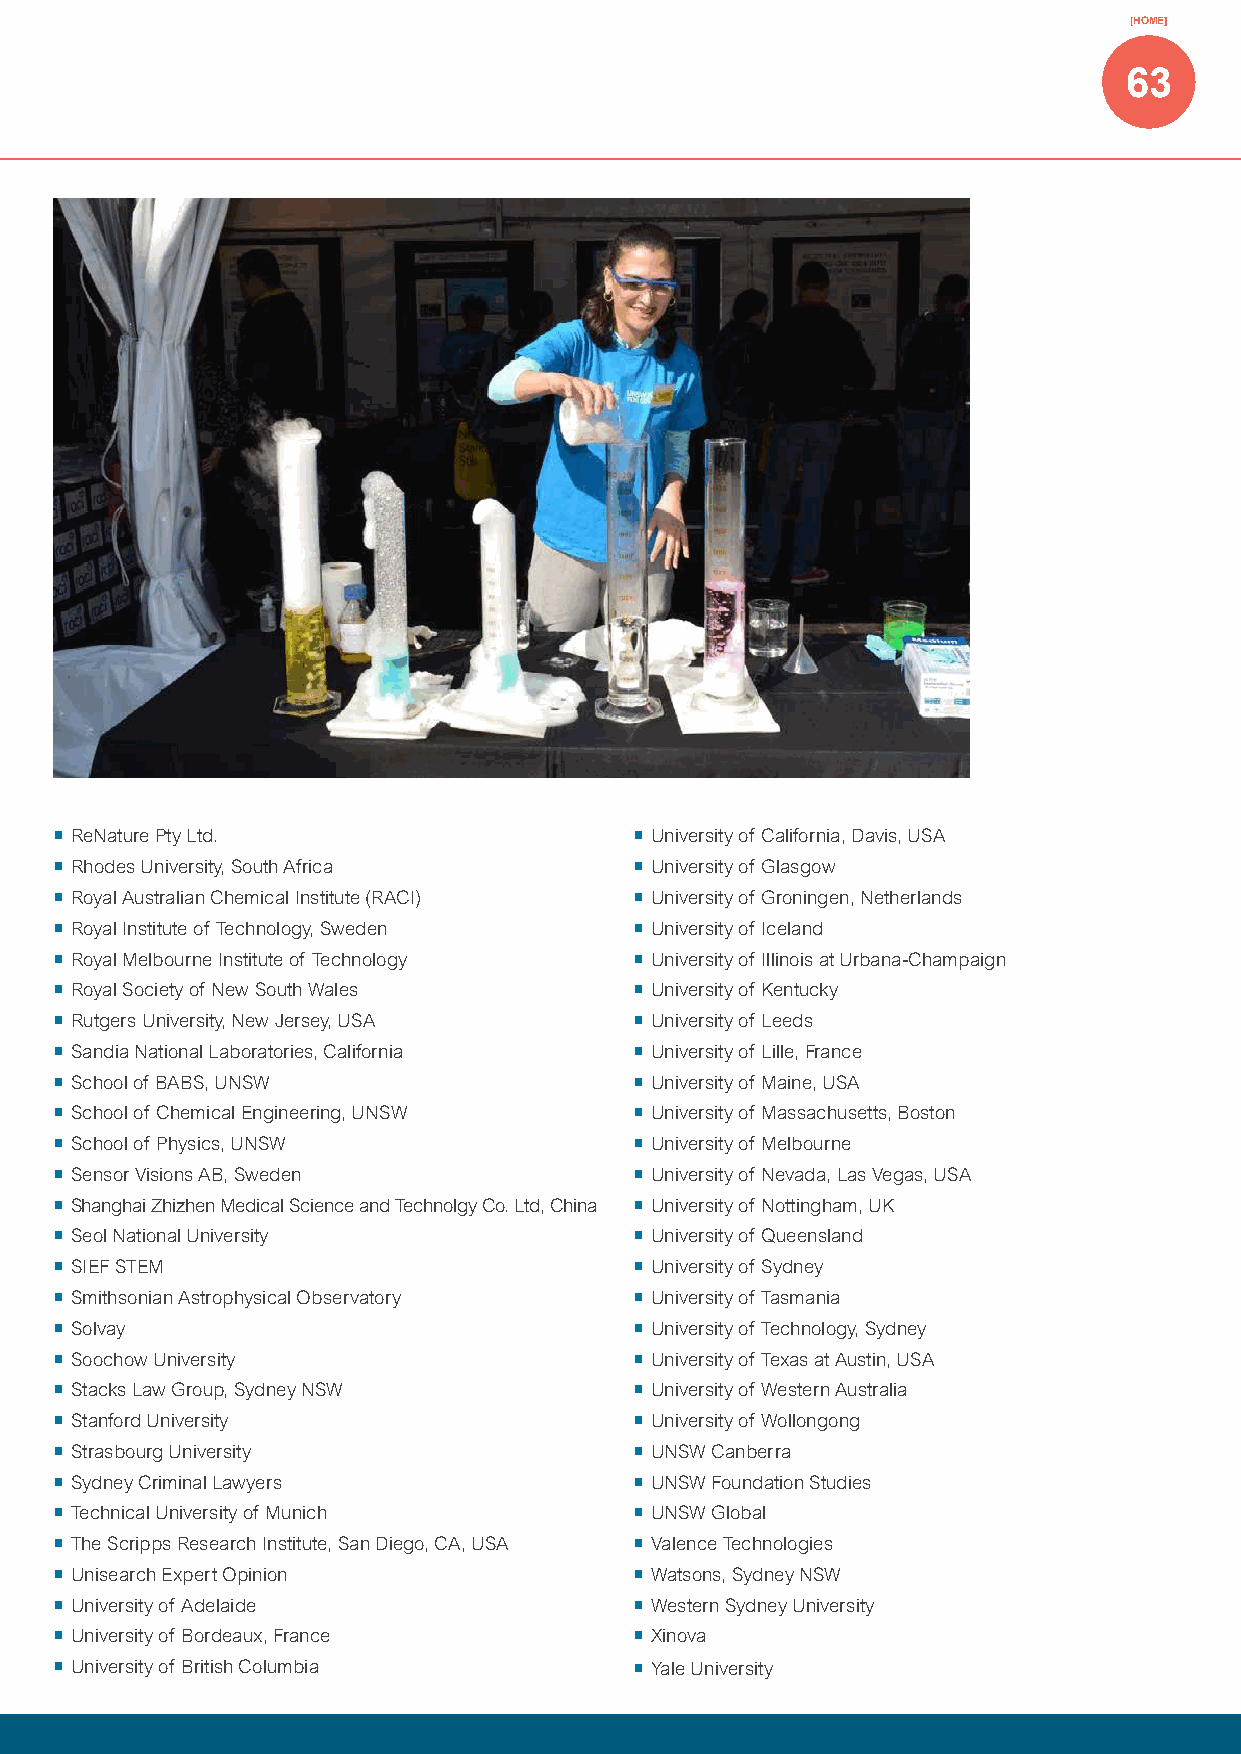
[HOME]
 63
 ¡¡ReNature Pty Ltd.                   ¡¡University of California, Davis, USA
 ¡¡Rhodes University, South Africa     ¡¡University of Glasgow
 ¡¡Royal Australian Chemical Institute (RACI) ¡¡University of Groningen, Netherlands
 ¡¡Royal Institute of Technology, Sweden ¡¡University of Iceland
 ¡¡Royal Melbourne Institute of Technology ¡¡University of Illinois at Urbana-Champaign
 ¡¡Royal Society of New South Wales    ¡¡University of Kentucky
 ¡¡Rutgers University, New Jersey, USA ¡¡University of Leeds
 ¡¡Sandia National Laboratories, California ¡¡University of Lille, France
 ¡¡School of BABS, UNSW                ¡¡University of Maine, USA
 ¡¡School of Chemical Engineering, UNSW ¡¡University of Massachusetts, Boston
 ¡¡School of Physics, UNSW             ¡¡University of Melbourne
 ¡¡Sensor Visions AB, Sweden           ¡¡University of Nevada, Las Vegas, USA
 ¡¡Shanghai Zhizhen Medical Science and Technolgy Co. Ltd, China ¡¡University of Nottingham, UK
 ¡¡Seol National University            ¡¡University of Queensland
 ¡¡SIEF STEM                           ¡¡University of Sydney
 ¡¡Smithsonian Astrophysical Observatory ¡¡University of Tasmania
 ¡¡Solvay                              ¡¡University of Technology, Sydney
 ¡¡Soochow University                  ¡¡University of Texas at Austin, USA
 ¡¡Stacks Law Group, Sydney NSW        ¡¡University of Western Australia
 ¡¡Stanford University                 ¡¡University of Wollongong
 ¡¡Strasbourg University               ¡¡UNSW Canberra
 ¡¡Sydney Criminal Lawyers             ¡¡UNSW Foundation Studies
 ¡¡Technical University of Munich      ¡¡UNSW Global
 ¡¡The Scripps Research Institute, San Diego, CA, USA ¡¡Valence Technologies
 ¡¡Unisearch Expert Opinion            ¡¡Watsons, Sydney NSW
 ¡¡University of Adelaide              ¡¡Western Sydney University
 ¡¡University of Bordeaux, France      ¡¡Xinova
 ¡¡University of British Columbia      ¡¡Yale University